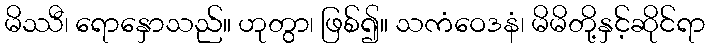
မိဿီ၊ ရောနှောသည်။ ဟုတွာ၊ ဖြစ်၍။ သကံဝေဒနံ၊ မိမိတို့နှင့်ဆိုင်ရာ